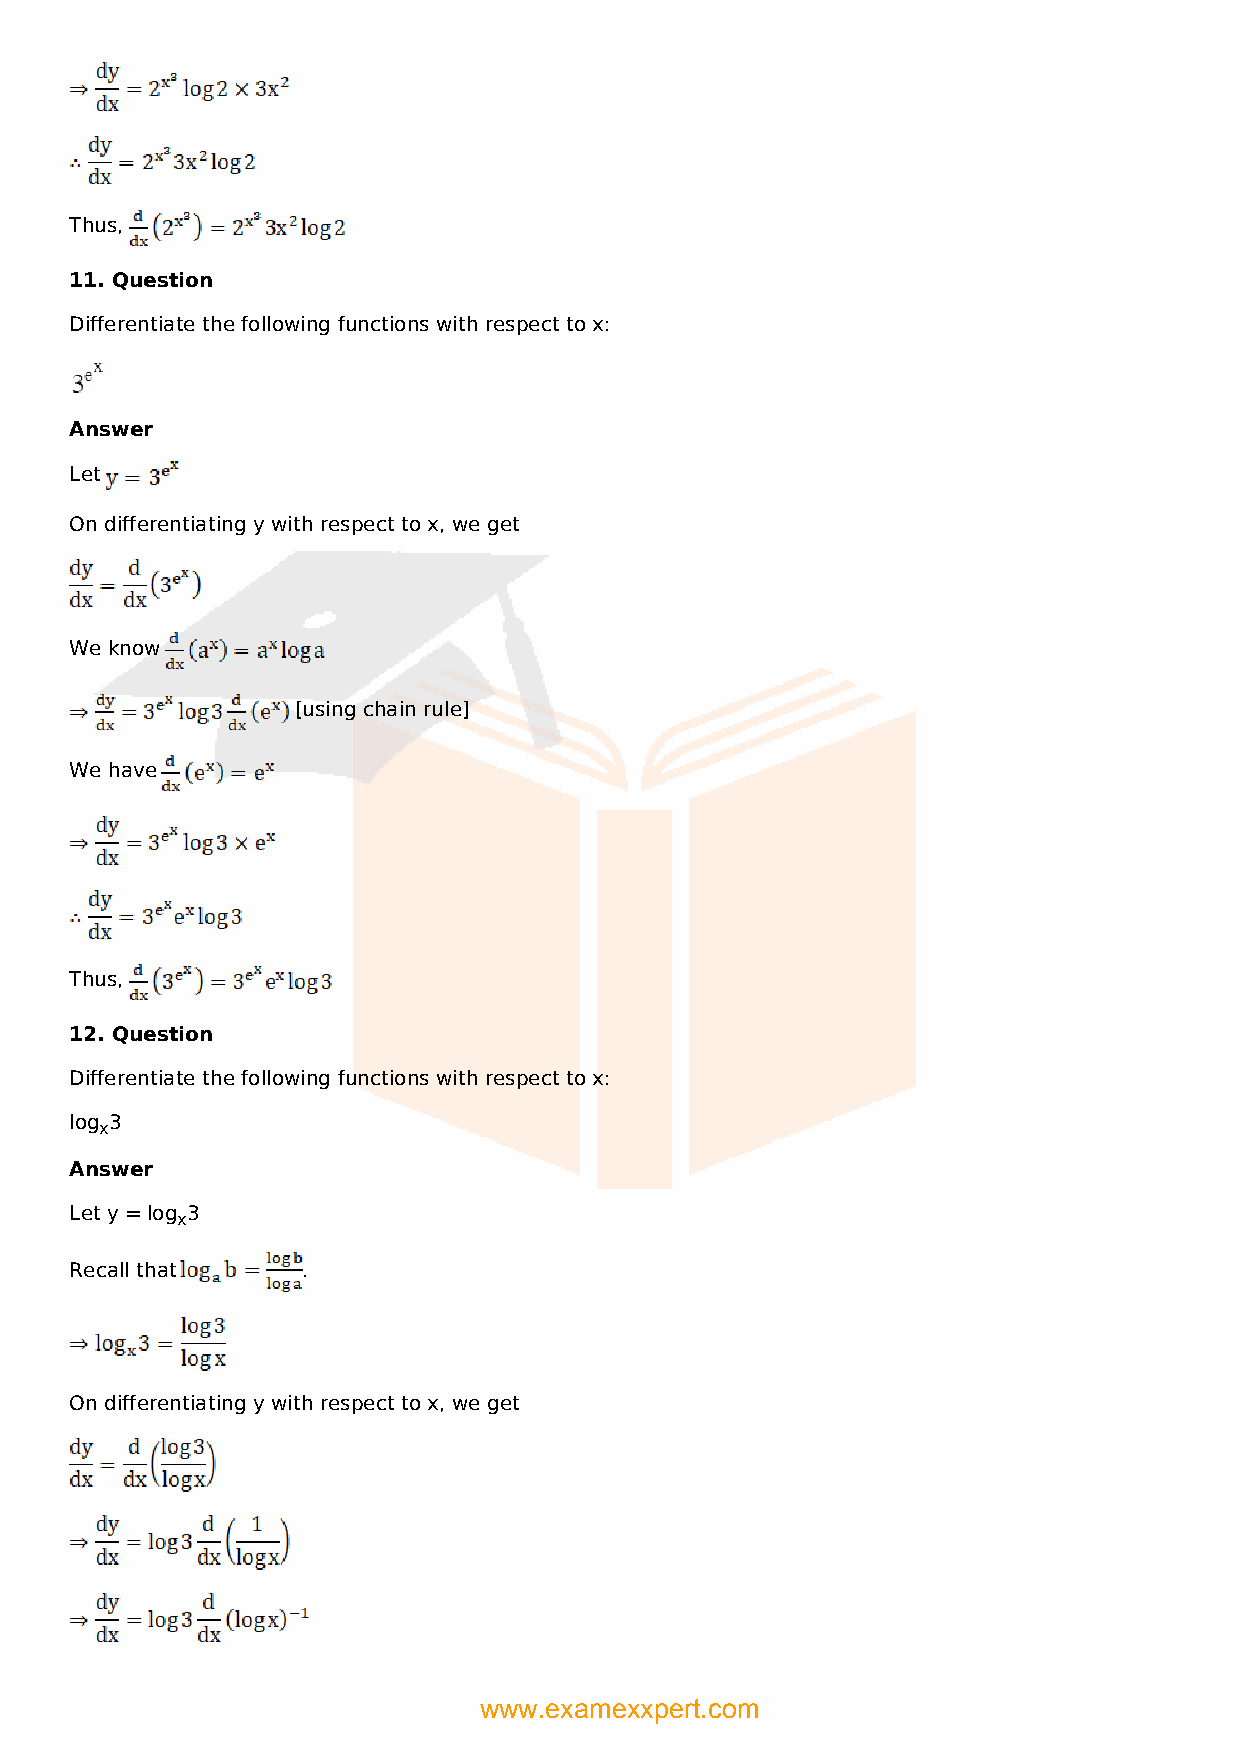
Thus,
 11. Question
 Differentiate the following functions with respect to x:
 Answer
 Let
 On differentiating y with respect to x, we get
 We know
 [using chain rule]
 We have
 Thus,
 12. Question
 Differentiate the following functions with respect to x:
 log 3
 x
 Answer
 Let y = log 3
 x
 Recall that    .
 On differentiating y with respect to x, we get
 www.examexxpert.com